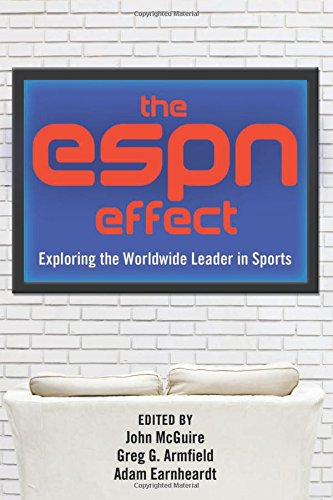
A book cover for The ESPN Effect: Exploring the Worldwide Leader in Sports; Sports & Outdoors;